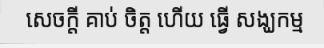
សេចក្តី គាប់ ចិត្ត ហើយ ធ្វើ សង្ឃកម្ម